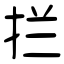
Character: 拦